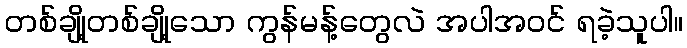
တစ်ချို့တစ်ချို့သော ကွန်မန့်တွေလဲ အပါအဝင် ရခဲ့သူပါ။